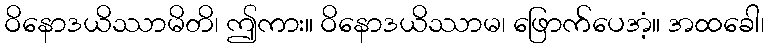
ဝိနောဒယိဿာမိတိ၊ ဤကား။ ဝိနောဒယိဿာမ၊ ဖြောက်ပေအံ့။ အထခေါ၊